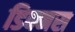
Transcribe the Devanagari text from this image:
डिक्नस